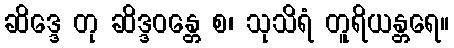
ဆိဒ္ဒေ တု ဆိဒ္ဒဝန္တေ စ၊ သုသိရံ တူရိယန္တရေ။